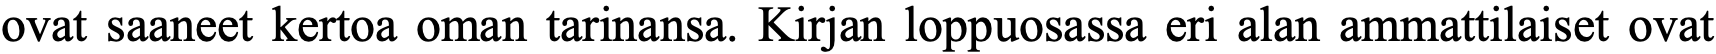
ovat saaneet kertoa oman tarinansa. Kirjan loppuosassa eri alan ammattilaiset ovat